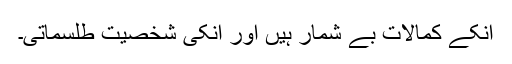
انکے کمالات بے شمار ہیں اور انکی شخصیت طلسماتی۔